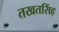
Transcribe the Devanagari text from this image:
तखतसिंह